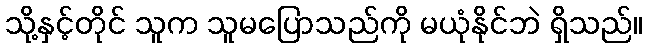
သို့နှင့်တိုင် သူက သူမပြောသည်ကို မယုံနိုင်ဘဲ ရှိသည်။